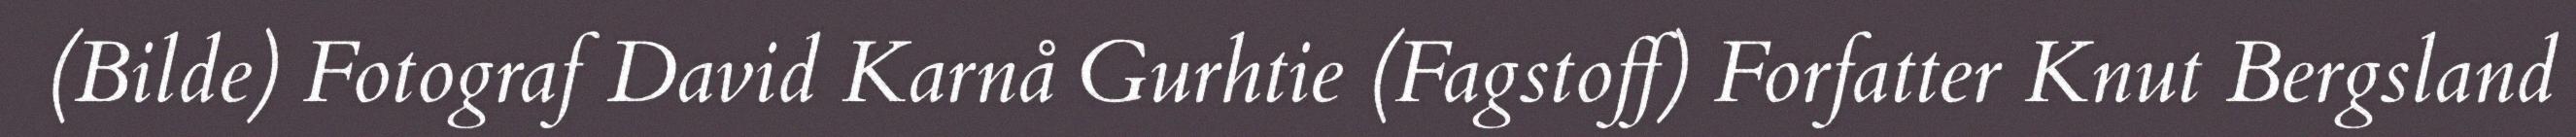
(Bilde) Fotograf David Karnå Gurhtie (Fagstoff) Forfatter Knut Bergsland